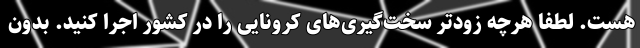
هست. لطفا هرچه زودتر سخت‌گیری‌های کرونایی را در کشور اجرا کنید. بدون